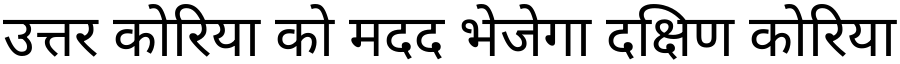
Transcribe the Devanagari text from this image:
उत्तर कोरिया को मदद भेजेगा दक्षिण कोरिया